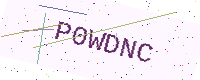
Text: P0WDNC